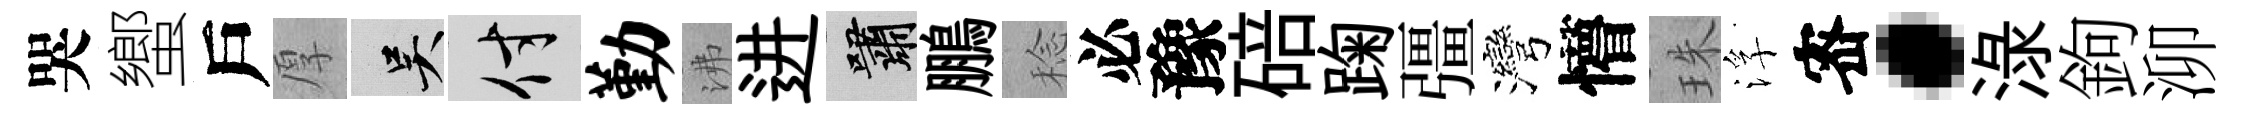
哭蠁戶厚吴付勤沸进嘯鵬稔必豫碚踘彊灣懵珠浮宻·渌鉤泖